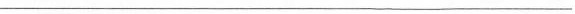
___